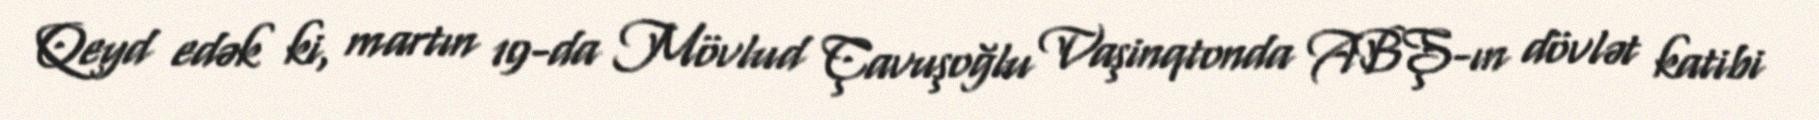
Qeyd edək ki, martın 19-da Mövlud Çavuşoğlu Vaşinqtonda ABŞ-ın dövlət katibi